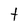
Character: t